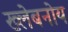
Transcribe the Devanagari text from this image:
ख्लेबनोय